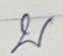
บ